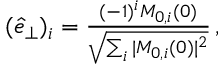
\begin{array} { r } { ( \hat { e } _ { \perp } ) _ { i } = \frac { ( - 1 ) ^ { i } M _ { 0 , i } ( 0 ) } { \sqrt { \sum _ { i } \vert M _ { 0 , i } ( 0 ) \vert ^ { 2 } } } \, , } \end{array}